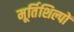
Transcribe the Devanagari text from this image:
मूर्तिशिल्पों